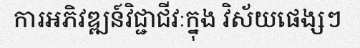
ការអភិវឌ្ឍន៍វិជ្ជាជីវៈក្នុង វិស័យផេង្សៗ